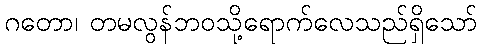
ဂတော၊ တမလွန်ဘဝသို့ရောက်လေသည်ရှိသော်